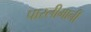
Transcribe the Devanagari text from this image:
पारलीमानी